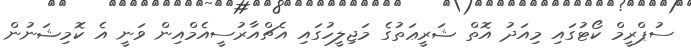
ސުޕްރީމް ކޯޓުގައި މިއަދު އޮތް ޝަރީޢަތުގެ މަޖިލީހުގައި އެޗްއާރުސީއެމްއިން ވަނީ އެ ކޮމިޝަނުން